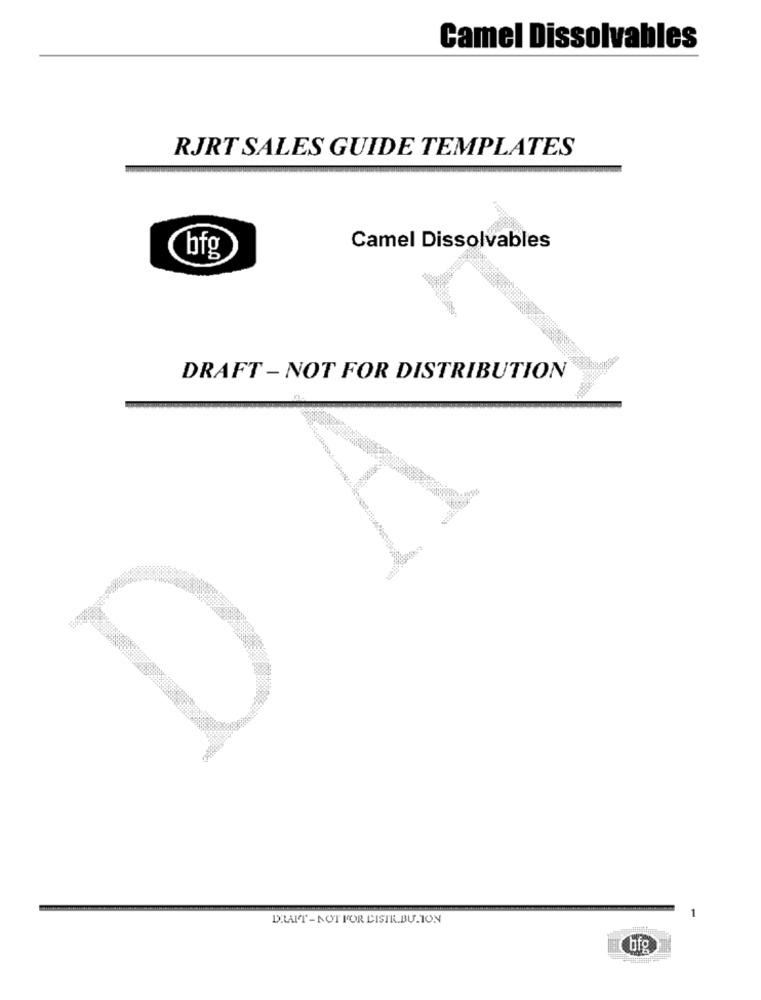
Camel Dissolvables
RJRT SALES GUIDE TEMPLATES
Camel Dissolvables
bfg
DRAFT - NOT FOR DISTRIBUTION
DRAIT - NOT FOR DISTR.BU.ION
bfg